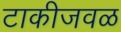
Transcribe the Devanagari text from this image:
टाकीजवळ